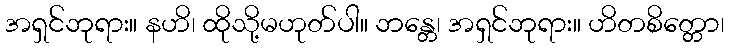
အရှင်ဘုရား။ နဟိ၊ ထိုသို့မဟုတ်ပါ။ ဘန္တေ၊ အရှင်ဘုရား။ ဟိတစိတ္တော၊